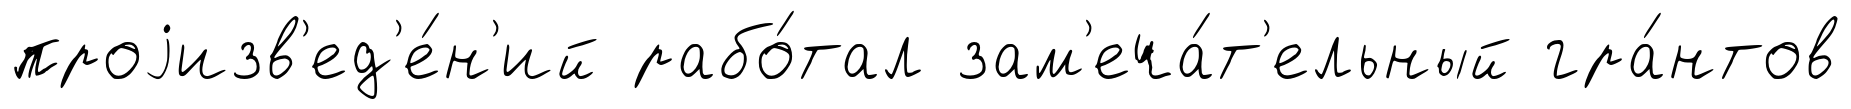
проjизв'ед'е́н'ий рабо́тал зам'еча́т'ельный гра́нтов